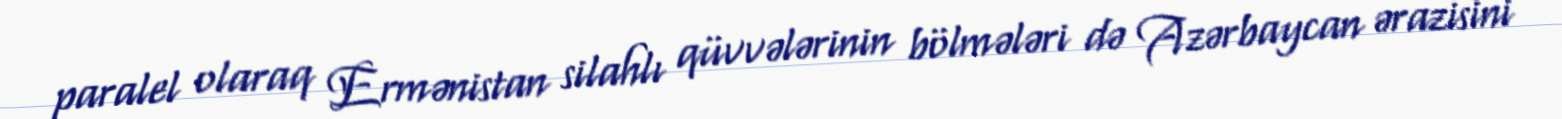
paralel olaraq Ermənistan silahlı qüvvələrinin bölmələri də Azərbaycan ərazisini